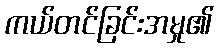
ကယ်တင်ခြင်းအမှု၏